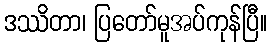
ဒဿိတာ၊ ပြတော်မူအပ်ကုန်ပြီ။